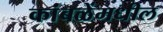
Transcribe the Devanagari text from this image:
कांबळेंमधील